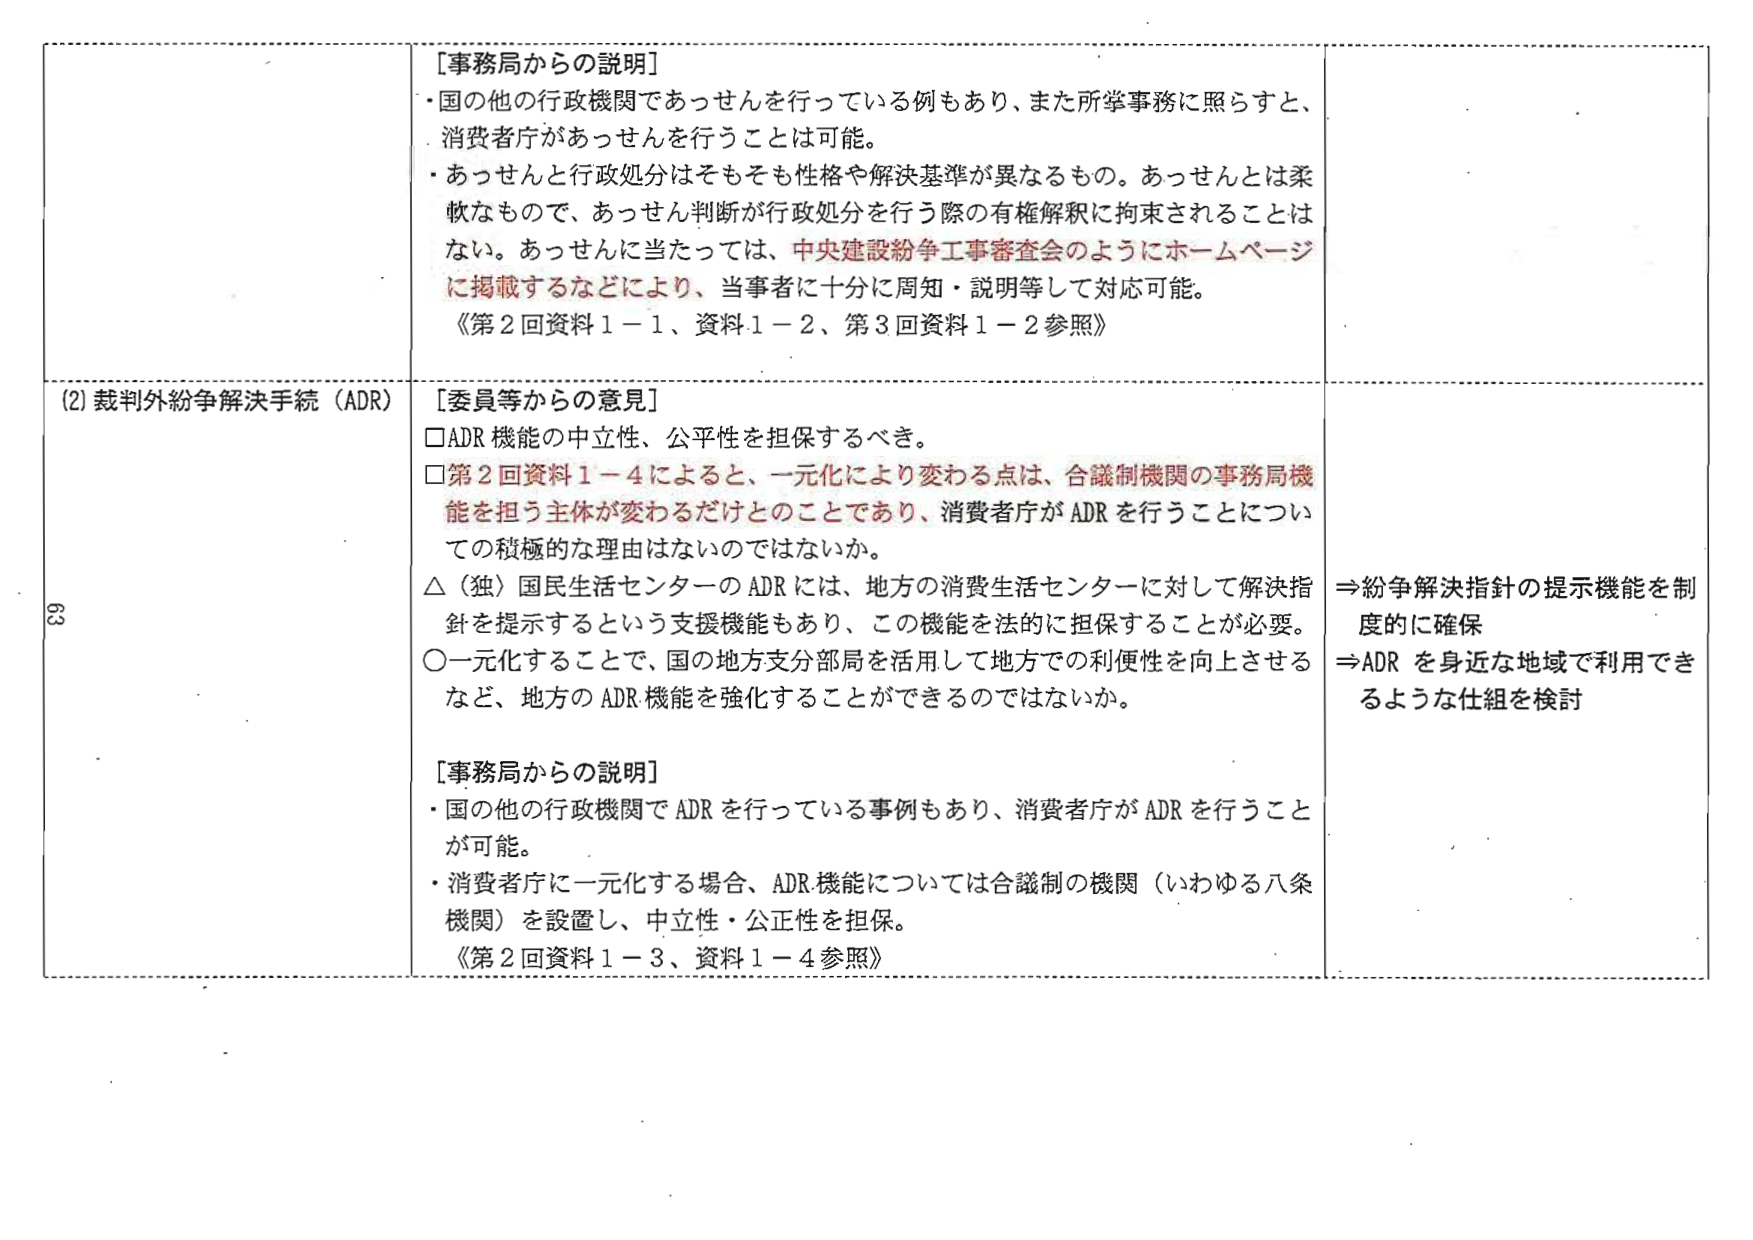
[事務局からの説明]
・国の他の行政機関であっせんを行っている例もあり、また所掌事務に照らすと、消費者庁があっせんを行うことは可能。
・あっせんと行政処分はそもそも性格や解決基準が異なるもの。あっせんとは柔軟なもので、あっせん判断が行政処分を行う際の有権解釈に拘束されることはない。あっせんに当たっては、中央建設紛争工事審査会のようにホームページに掲載するなどにより、当事者に十分に周知・説明等して対応可能。
《第2回資料1－1、資料1－2、第3回資料1－2参照》

(2) 裁判外紛争解決手続（ADR）
[委員等からの意見]
□ADR機能の中立性、公平性を担保するべき。
□第2回資料1－4によると、一元化により変わる点は、合議制機関の事務局機能を担う主体が変わるだけとのことであり、消費者庁がADRを行うことについての積極的な理由はないのではないか。
△（独）国民生活センターのADRには、地方の消費生活センターに対して解決指針を提示するという支援機能もあり、この機能を法的に担保することが必要。
○一元化することで、国の地方支分部局を活用して地方での利便性を向上させるなど、地方のADR機能を強化することができるのではないか。

[事務局からの説明]
・国の他の行政機関でADRを行っている事例もあり、消費者庁がADRを行うことが可能。
・消費者庁に一元化する場合、ADR機能については合議制の機関（いわゆる八条機関）を設置し、中立性・公正性を担保。
《第2回資料1－3、資料1－4参照》

⇒紛争解決指針の提示機能を制度的に確保
⇒ADRを身近な地域で利用できるような仕組を検討